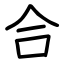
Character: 合